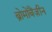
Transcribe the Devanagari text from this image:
ब्रोमोबैंज़ीन